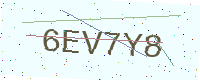
Text: 6EV7Y8